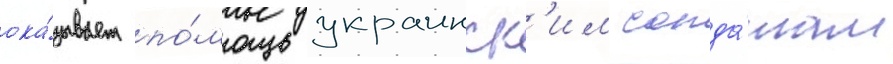
ока́зывает по́мощь украинск'им солда́там